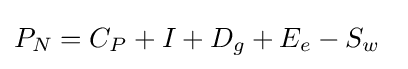
\textstyle P_{N}=C_{P}+I+D_{g}+E_{e}-S_{w}\,\